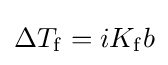
\Delta T_{\mathrm {f} }=iK_{\mathrm {f} }b